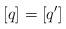
LaTeX: \begin{align*}[q]=[q'] \end{align*}